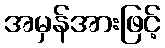
အမှန်အားဖြင့်